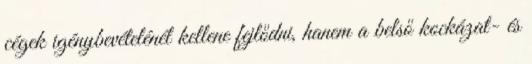
cégek igénybevételénél kellene fejlődni, hanem a belső kockázat- és